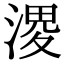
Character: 溭